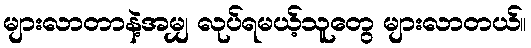
များလာတာနဲ့အမျှ လုပ်ရမယ့်သူတွေ များလာတယ်။